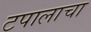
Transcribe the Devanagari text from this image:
टपालाचा